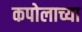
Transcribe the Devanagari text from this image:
कपोलाच्या